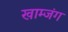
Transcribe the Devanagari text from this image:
खाम्जंग